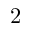
2